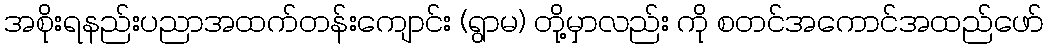
အစိုးရနည်းပညာအထက်တန်းကျောင်း (ရွာမ) တို့မှာလည်း ကို စတင်အကောင်အထည်ဖော်